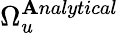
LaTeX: \Omega_{u}^{\mathbf{A}nalytical}